Annual report of the Punjab Veterinary College and of the Civil Veterinary Department, Punjab - 1926-1932
Year: 1926
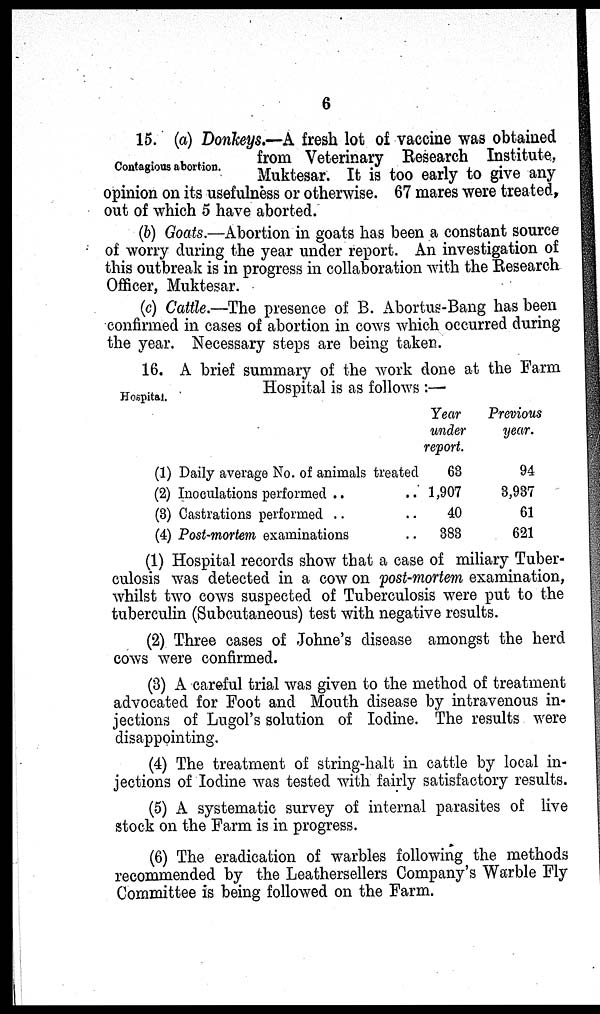
6
Contagious abortion.
15. (a) Donkeys.—A fresh lot of vaccine was obtained
from Veterinary Research Institute,
Muktesar. It is too early to give any
opinion on its usefulness or otherwise. 67 mares were treated,
out of which 5 have aborted.
(b) Goats.—Abortion in goats has been a constant source
of worry during the year under report. An investigation of
this outbreak is in progress in collaboration with the Research
Officer, Muktesar.
(c) Cattle.—The presence of B. Abortus-Bang has been
confirmed in cases of abortion in cows which occurred during
the year. Necessary steps are being taken.
Hospital.
16. A brief summary of the work done at the Farm
Hospital is as follows :—
(1) Daily average No. of animals treated
(2) Inoculations performed .. ..
(3) Castrations performed .. ..
(4) Post-mortem examinations ..
Year
under
report.
63
1,907
40
383
Previous
year.
94
3,937
61
621
(1) Hospital records show that a case of miliary Tuber-
culosis was detected in a cow on Post-mortem examination,
whilst two cows suspected of Tuberculosis were put to the
tuberculin (Subcutaneous) test with negative results.
(2) Three cases of Johne's disease amongst the herd
cows were confirmed.
(3) A careful trial was given to the method of treatment
advocated for Foot and Mouth disease by intravenous in-
jections of Lugol's solution of Iodine. The results were
disappointing.
(4) The treatment of string-halt in cattle by local in-
jections of Iodine was tested with fairly satisfactory results.
(5) A systematic survey of internal parasites of live
stock on the Farm is in progress.
(6) The eradication of warbles following the methods
recommended by the Leathersellers Company's Warble Fly
Committee is being followed on the Farm.